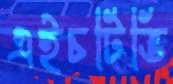
এইচটিভি